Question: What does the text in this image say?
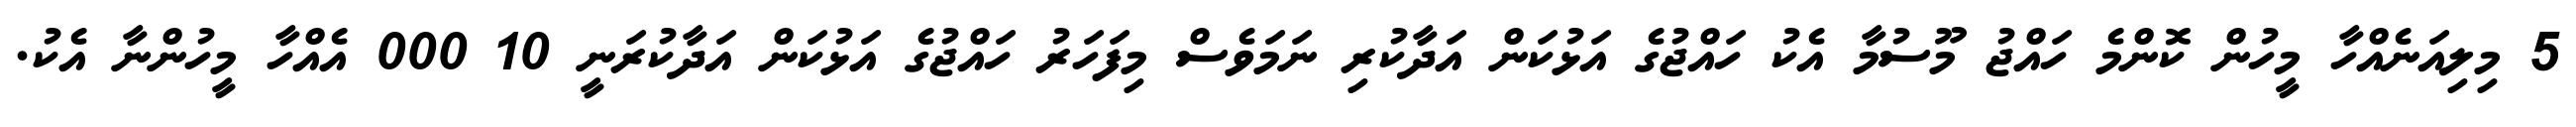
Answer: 5 މިލިއަނެއްހާ މީހުން ކޮންމެ ހައްޖު މޫސުމާ އެކު ހައްޖުގެ އަޅުކަން އަދާކުރި ނަމަވެސް މިފަހަރު ހައްޖުގެ އަޅުކަން އަދާކުރަނީ 10 000 އެއްހާ މީހުންނާ އެކު.